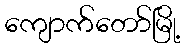
ကျောက်တော်မြို့